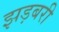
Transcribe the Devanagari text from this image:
झड़बरी